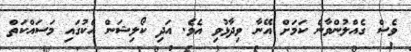
ވެސް ގެއްލުންވާނެ ކަމަށް އޭނާ ވިދާޅުވި އެވެ. އަދި ކޯލިޝަން އެކުގައި މަސައްކަތް